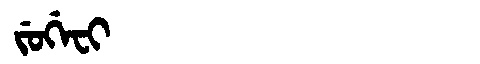
Manchu: ᠵᡠᡤᡝᠸᡳ
Romanization: JUGEFI